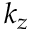
k _ { z }